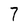
Character: 7